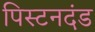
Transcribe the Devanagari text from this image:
पिस्टनदंड